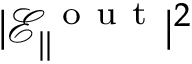
| \mathcal { E } _ { \| } ^ { \mathrm { ~ o ~ u ~ t ~ } } | ^ { 2 }